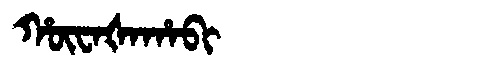
Manchu: ᡥᡡᠸᠠᡧᠠᡥᠠᠪᡳ
Romanization: HŪWAŠAHABI